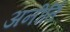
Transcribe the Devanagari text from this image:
अनीर्ति